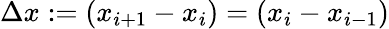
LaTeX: \Delta x:=(x_{i+1}-x_{i})=(x_{i}-x_{i-1})